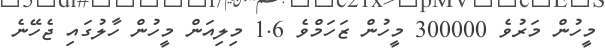
މީހުން މަރުވެ 300000 މީހުން ޒަހަމްވެ 1.6 މިލިއަން މީހުން ހާލުގައި ޖެހޭނެ